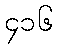
၄၁၆